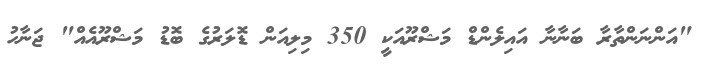
"އަންނަންތާރާ ބަނާނާ އައިލެންޑް މަޝްރޫއަކީ 350 މިލިއަން ޑޮލަރުގެ ބޮޑު މަޝްރޫއެއް" ޖަނާހު